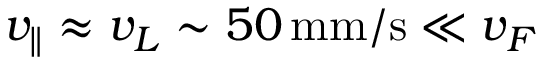
v _ { \parallel } \approx v _ { L } \sim 5 0 \, \mathrm { m m / s } \ll v _ { F }